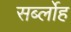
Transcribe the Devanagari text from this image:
सर्ब्लोह